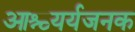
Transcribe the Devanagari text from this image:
आश्च्यर्यजनक